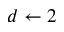
d \gets 2